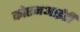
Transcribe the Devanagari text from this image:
कोएनआईटी